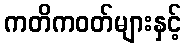
ကတိကဝတ်များနှင့်